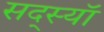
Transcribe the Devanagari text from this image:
सद्स्यॉ